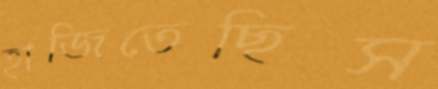
হাজিতেছিস